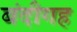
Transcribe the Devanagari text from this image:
बंदीगह